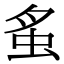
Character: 𧉏